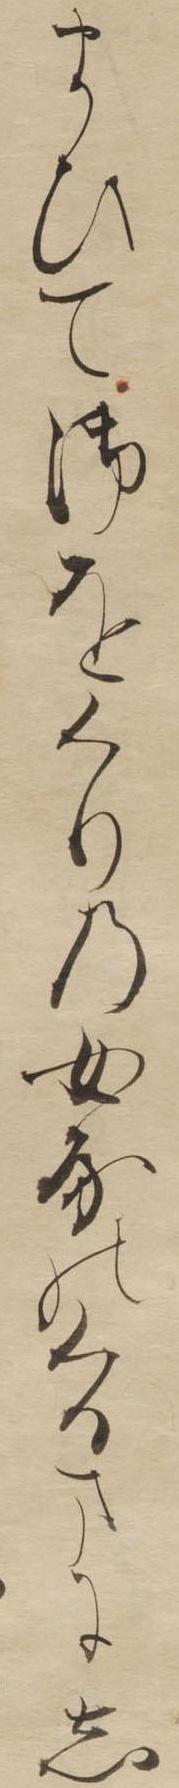
まひて御をくりの女房のくるまにし